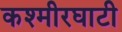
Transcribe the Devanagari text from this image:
कश्मीरघाटी